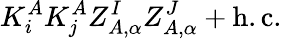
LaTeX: K_{i}^{A}K_{j}^{A}Z_{A,\alpha}^{I}Z_{A,\alpha}^{J}+\mathrm{h.c.}